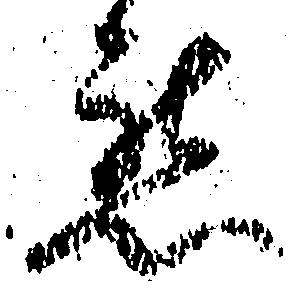
懇